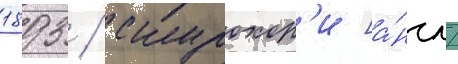
1893 / скурохор'и [а́нгл.